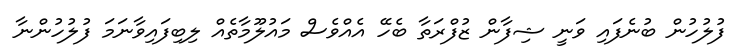
ފުލުހުން ބުނެފައި ވަނީ ޝިފާން ޒުފްރަތާ ބެހޭ އެއްވެސް މައުލޫމާތެއް ލިބިފައިވާނަމަ ފުލުހުންނާ